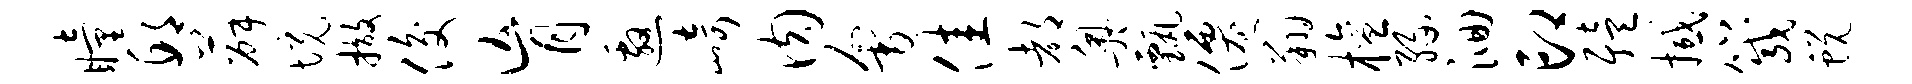
瞳邱薛境撤俊肓邀崎肉会佳都奥甄仙翔檀缘洄印殪撼箴蜕